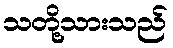
သတို့သားသည်